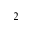
^ { 2 }